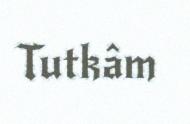
Tutkâm